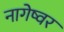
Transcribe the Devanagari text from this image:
नागेष्वर